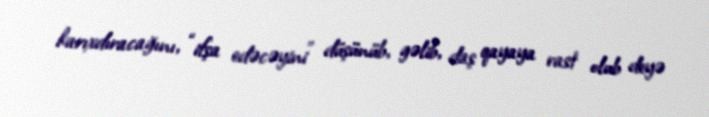
karıxdıracağını, “ifşa edəcəyini” düşünüb, gəlib, daş qayaya rast olub deyə